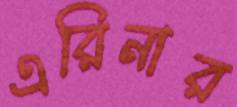
এরিনার